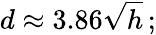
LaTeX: d\approx 3.86{\sqrt{h}}\, ;